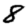
Digit: 8